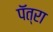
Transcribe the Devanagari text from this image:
पॅत्रा